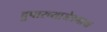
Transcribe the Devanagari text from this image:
दुपारच्याजेवणाचा